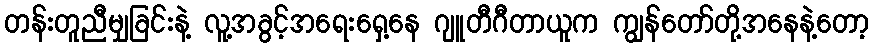
တန်းတူညီမျှခြင်းနဲ့ လူ့အခွင့်အရေးရှေ့နေ ဂျူတီဂီတာယူက ကျွန်တော်တို့အနေနဲ့တော့